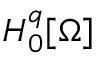
H _ { 0 } ^ { q } [ \Omega ]